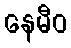
နေမီဝ